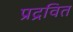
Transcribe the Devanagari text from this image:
प्रद्रवित